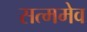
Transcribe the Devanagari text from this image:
सत्ममेव